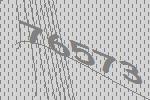
76573